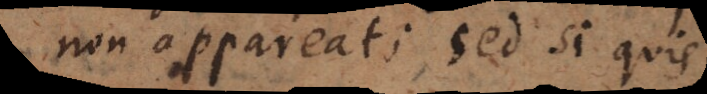
non appareat; sed si quis